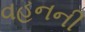
વહનની